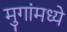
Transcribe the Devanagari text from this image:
मुगांमध्ये